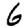
Digit: 6